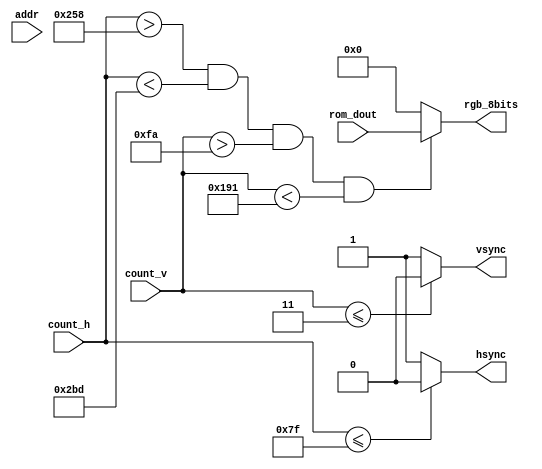
module vga_display
     (
      input  [10:0]count_h,
		input  [ 9:0]count_v,
		input  [ 7:0]rom_dout,
		input  [14:0]addr,
		output [ 7:0]rgb_8bits,
		output hsync,
		output vsync
     );
	
wire [7:0]  rom_dout; 
wire [14:0] addr;

wire [7:0]rgb_8bits;
wire hsync;
wire vsync;

wire [10:0] count_h;
wire [ 9:0] count_v;


parameter pixel_h = 11'd600;   //800*600*72 HZ ͵ʼ㣺215಻1015.
parameter pixel_v = 10'd250;   //800*600*72 HZ ͵ʼ㣺26 ಻626.

parameter img_h = 11'd100; 
parameter img_v = 10'd150;


assign hsync = (count_h<=11'd127)? 1'b0 : 1'b1;    //ͬε׼ʱ
assign vsync = (count_v<=10'd3)?   1'b0 : 1'b1;    //ͬε׼ʱ

assign rgb_8bits = (( count_h > pixel_h ) && ( count_h < ( pixel_h + img_h + 11'd1 )) 
                 && ( count_v > pixel_v ) && ( count_v < ( pixel_v + img_v + 10'd1 )))
					   ?  rom_dout : 8'b000_000_00;	

assign addr = ( count_v - ( pixel_v + 11'd1 )) * img_h + ( count_h - ( pixel_h + 10'd1 ));


endmodule